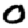
Digit: 0